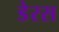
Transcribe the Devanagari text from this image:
डेरस